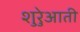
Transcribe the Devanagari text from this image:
शुरेुआती